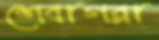
শেবাগরা